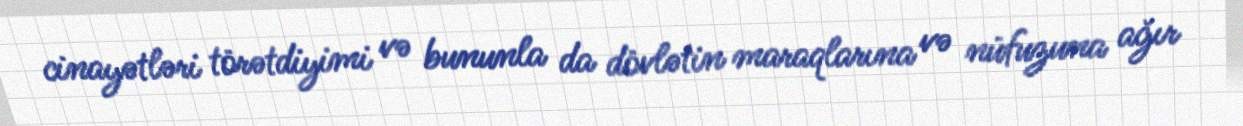
cinayətləri törətdiyimi və bununla da dövlətin maraqlarına və nüfuzuna ağır